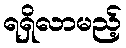
ရရှိလာမည့်